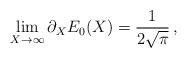
LaTeX: \begin{align*}\lim_{X\rightarrow\infty}\partial_{X}E_{0}(X)={1\over{2\sqrt{\pi}}}\, ,\end{align*}